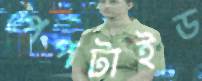
পেপটাইড